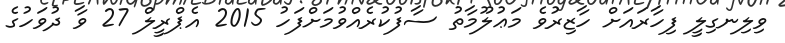
ވިލިނގިލީ ފިހާރައަށް ހާޒިރުވެ މަޢުލޫމާތު ސާފުކުރެއްވުމަށްފަހު 2015 އެޕްރީލް 27 ވާ ދުވަހުގެ